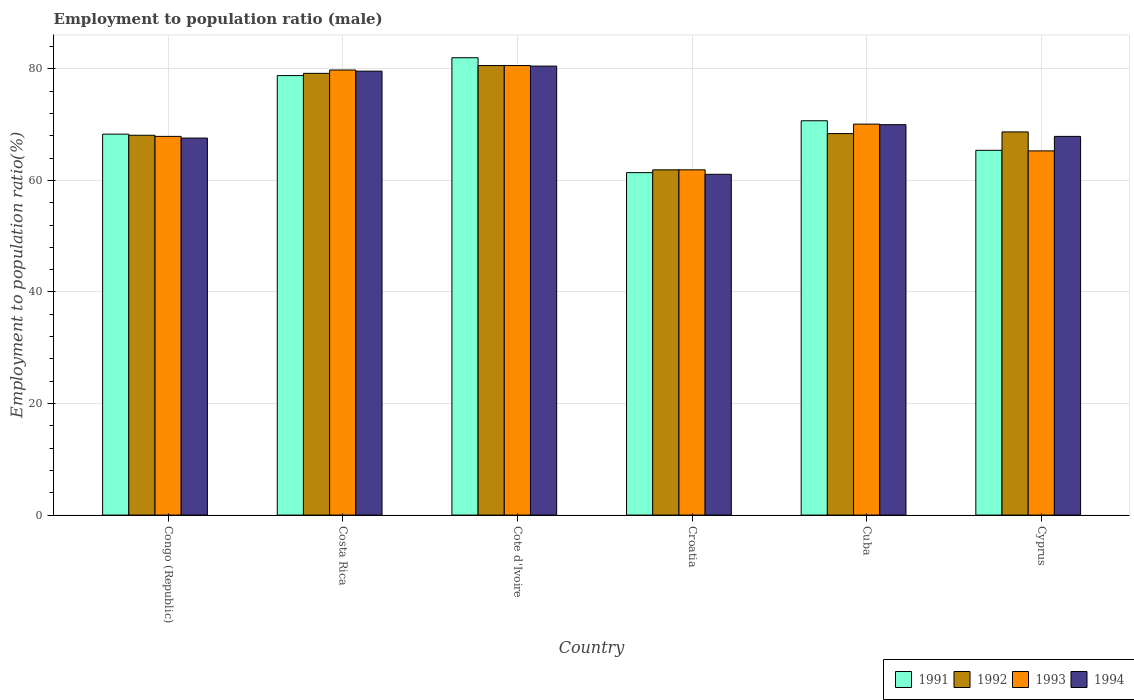
| Country | 1991 | 1992 | 1993 | 1994 |
 | --- | --- | --- | --- | --- |
 | Congo (Republic) | 68.3 | 68.1 | 67.9 | 67.6 |
 | Costa Rica | 78.8 | 79.2 | 79.8 | 79.6 |
 | Cote d'Ivoire | 82 | 80.6 | 80.6 | 80.5 |
 | Croatia | 61.4 | 61.9 | 61.9 | 61.1 |
 | Cuba | 70.7 | 68.4 | 70.1 | 70 |
 | Cyprus | 65.4 | 68.7 | 65.3 | 67.9 |